Report of the veterinary officer investigating camel disease
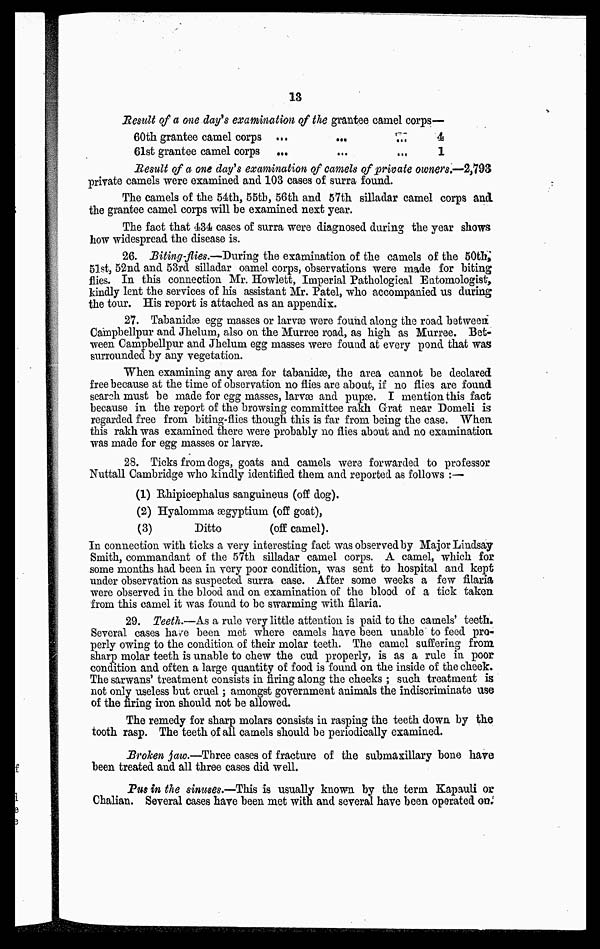
13
Result of a one day's examination of the grantee camel corps—
60th grantee camel corps
61st grantee camel corps
...
...
...
...
...
...
4
1
Result of a one day's examination of camels of private owners.—2,798
private camels were examined and 103 cases of surra found.
The camels of the 54th, 55tb, 56th and 57th silladar camel corps and
the grantee camel corps will be examined next year.
The fact that 434 cases of surra were diagnosed during the year shows
how widespread the disease is.
26. Biting-flies.—During the examination of the camels of the 50th,
51st, 52nd and 53rd silladar camel corps, observations were made for biting
flies. In this connection Mr. Howlett, Imperial Pathological Entomologist,
kindly lent the services of his assistant Mr. Patel, who accompanied us daring
the tour. His report is attached as an appendix.
27. Tabanidæ egg masses or larvae were found along the road between
Campbellpur and Jhelum, also on the Murree road, as high as Murree. Bet-
ween Campbellpur and Jhelum egg masses were found at every pond that was
surrounded by any vegetation.
When examining any area for tabanidæ, the area cannot be declared
free because at the time of observation no flies are about, if no flies are found
search must be made for egg masses, larvae and pupæ. I mention this fact
because in the report of the browsing committee rath Grat near Domeli is
regarded free from biting-flies though this is far from being the case. When
this rakh was examined there were probably no flies about and no examination
was made for egg masses or larvae.
28. Ticks from dogs, goats and camels were forwarded to professor
Nuttall. Cambridge who kindly identified them and reported as follows :—
(1) Rhipicephalus sanguineus (off dog).
(2) Hyalomma ægyptium (off goat),
(3)
Ditto
(off camel).
In connection with ticks a very interesting fact was observed by Major Lindsay
Smith, commandant of the 57th silladar camel corps. A camel, which for
some months had been in very poor condition, was sent to hospital and kept
under observation as suspected surra case. After some weeks a few filaria
were observed in the blood and on examination of the blood of a tick taken
from this camel it was found to be swarming with filaria.
29. Teeth.—As a rule very little attention is paid to the camels' teeth.
Several cases have been met where camels have been unable to feed pro-
perly owing to the condition of their molar teeth. The camel suffering from
sharp molar teeth is unable to chew the cud properly, is as a rule in poor
condition and often a large quantity of food is found on the inside of the cheek.
The sarwans' treatment consists in firing along the cheeks ; such treatment is
not only useless but cruel; amongst government animals the indiscriminate use
of the firing iron should not be allowed.
The remedy for sharp molars consists in rasping the teeth down by the
tooth rasp. The teeth of all camels should be periodically examined.
Broken jaw.—Three cases of fracture of the submaxillary bone have
been treated and all three cases did well.
Pus in the sinuses,—This is usually known by the term Kapauli or
Chalian. Several cases have been met with and several have been operated on